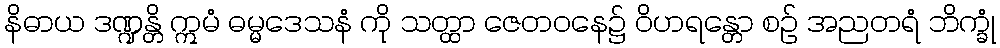
နိဓာယ ဒဏ္ဍန္တိ ဣမံ ဓမ္မဒေသနံ ကို သတ္ထာ ဇေတဝနေ၌ ဝိဟရန္တော စဉ် အညတရံ ဘိက္ခုံ